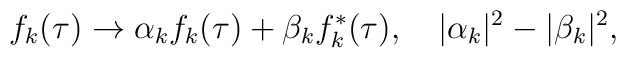
f_k(\tau) \to \alpha_k f_k(\tau)+\beta_k f_k^*(\tau), \hspace{1em}  |\alpha_k|^2-|\beta_k|^2,